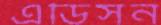
এডিসন